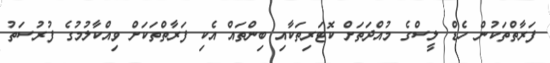
ފަރާތްތަކުން ހެޑް ލީސްގެ މުއްދަތަށް ކޮޓަރިތަކާއި ބިންތައް އެކި ފަރާތްތަކަށް ވިއްކާލުމުގެ ފުރުސަތު